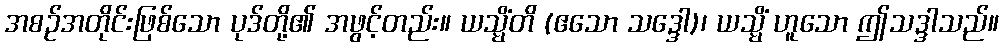
အစဉ်အတိုင်းဖြစ်သော ပုဒ်တို့၏ အဖွင့်တည်း။ ယသ္မိံတိ (ဧသော သဒ္ဒေါ)၊ ယသ္မိံ ဟူသော ဤသဒ္ဒါသည်။